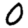
Digit: 0